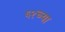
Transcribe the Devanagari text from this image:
६२च्या